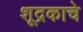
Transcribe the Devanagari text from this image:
शूद्रकाचे